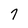
Character: 7